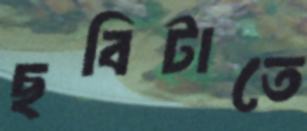
ছবিটাতে